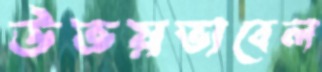
উভয়ভাবেল